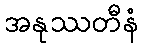
အနုဿတီနံ